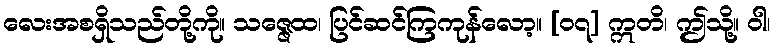
လေးအစရှိသည်တို့ကို။ သဇ္ဇေထ၊ ပြင်ဆင်ကြကုန်လော့။ [၀၇] ဣတိ၊ ဤသို့။ ဝါ၊